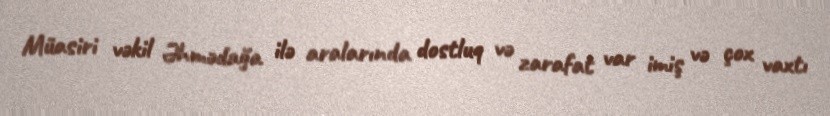
Müasiri vəkil Əhmədağa ilə aralarında dostluq və zarafat var imiş və çox vaxtı